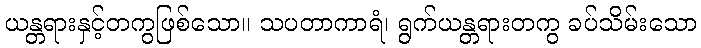
ယန္တရားနှင့်တကွဖြစ်သော။ သပတာကာရံ၊ ရွက်ယန္တရားတကွ ခပ်သိမ်းသော